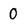
Character: 0